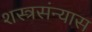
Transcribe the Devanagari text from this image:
शस्त्रसंन्यास